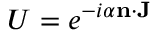
U = e ^ { - i \alpha \mathbf { n } \cdot \mathbf { J } }